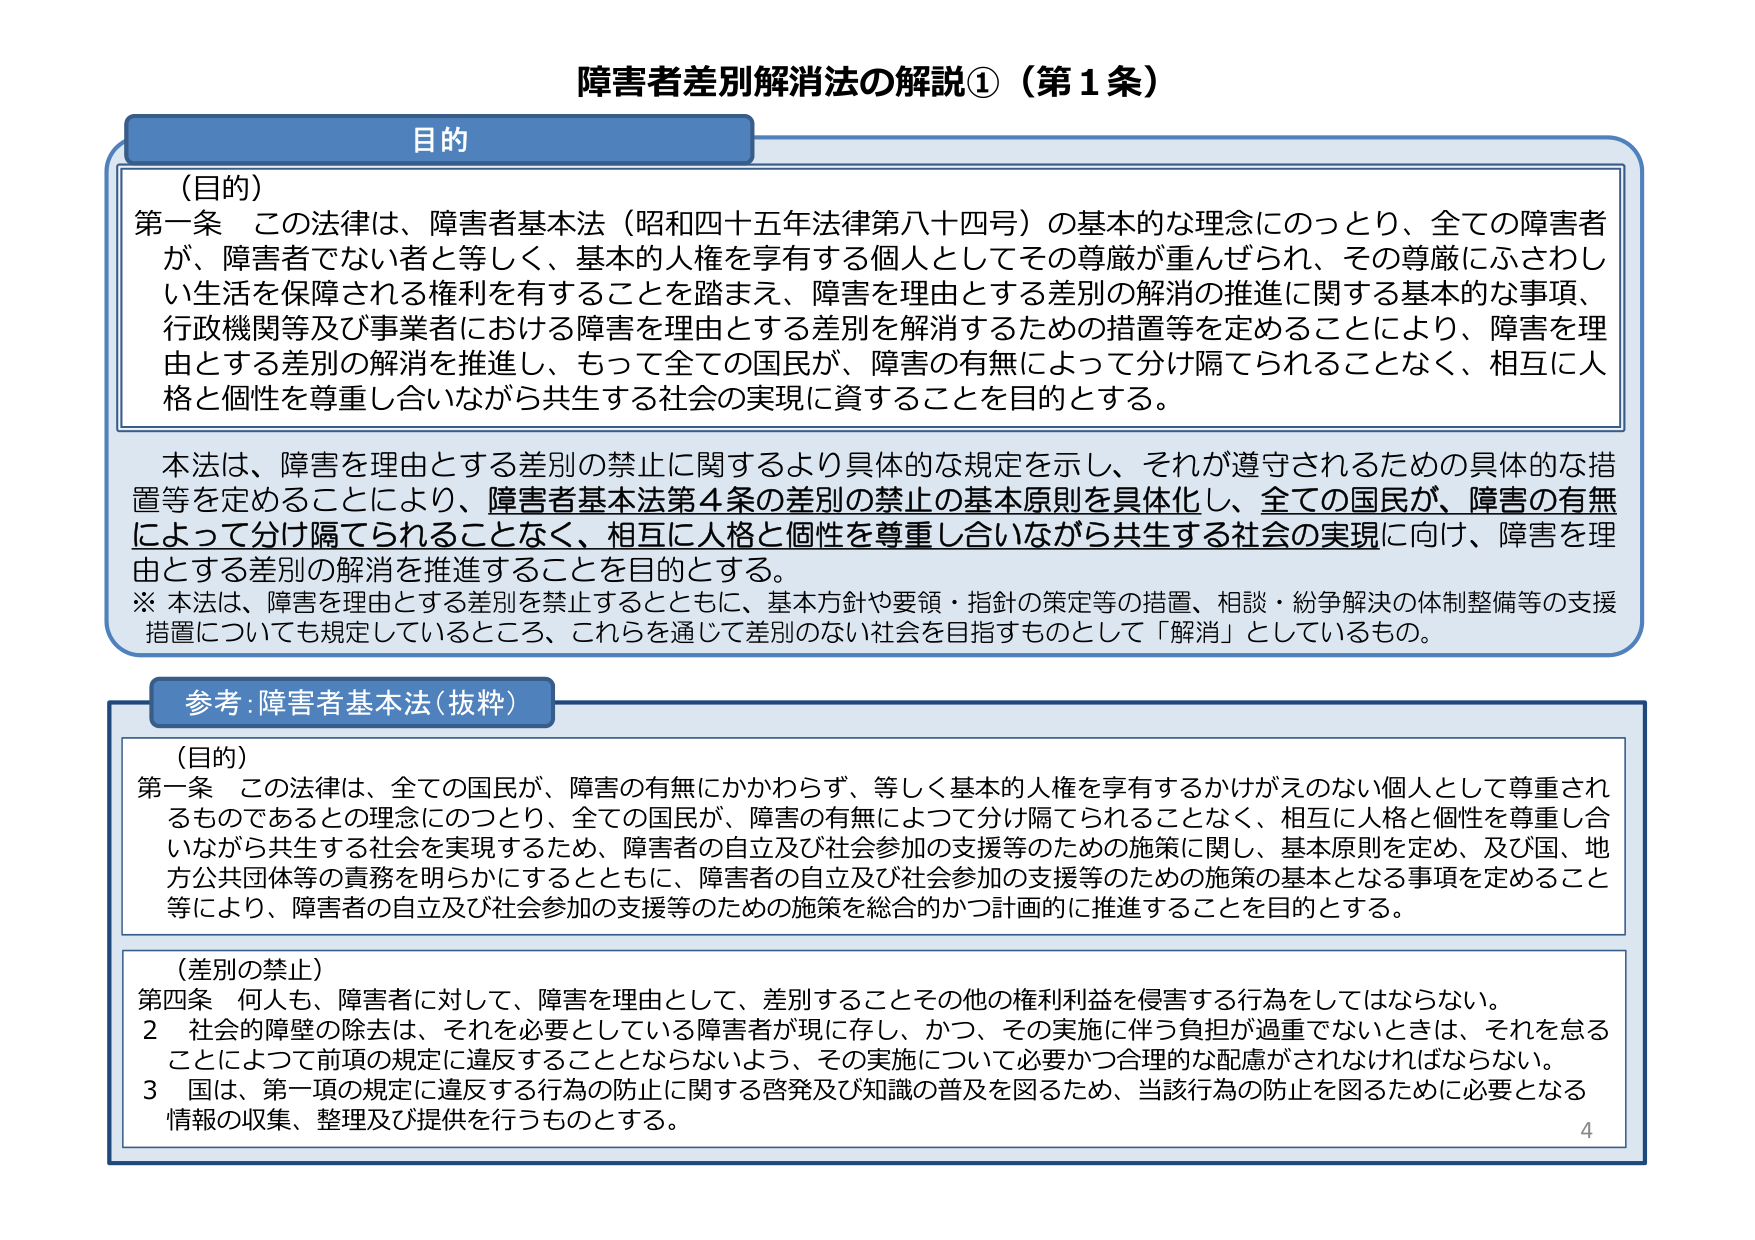
障害者差別解消法の解説①（第１条）

目的

（目的）
第一条　この法律は、障害者基本法（昭和四十五年法律第八十四号）の基本的な理念にのっとり、全ての障害者が、障害者でない者と等しく、基本的人権を享有する個人としてその尊厳が重んぜられ、その尊厳にふさわしい生活を保障される権利を有することを踏まえ、障害を理由とする差別の解消の推進に関する基本的な事項、行政機関等及び事業者における障害を理由とする差別を解消するための措置等を定めることにより、障害を理由とする差別の解消を推進し、もって全ての国民が、障害の有無によって分け隔てられることなく、相互に人格と個性を尊重し合いながら共生する社会の実現に資することを目的とする。

本法は、障害を理由とする差別の禁止に関するより具体的な規定を示し、それが遵守されるための具体的な措置等を定めることにより、障害者基本法第４条の差別の禁止の基本原則を具体化し、全ての国民が、障害の有無によって分け隔てられることなく、相互に人格と個性を尊重し合いながら共生する社会の実現に向け、障害を理由とする差別の解消を推進することを目的とする。
※　本法は、障害を理由とする差別を禁止するとともに、基本方針や要領・指針の策定等の措置、相談・紛争解決の体制整備等の支援措置についても規定しているところ、これらを通じて差別のない社会を目指すものとして「解消」としているもの。

参考：障害者基本法（抜粋）

（目的）
第一条　この法律は、全ての国民が、障害の有無にかかわらず、等しく基本的人権を享有するかけがえのない個人として尊重されるものであるとの理念にのっとり、全ての国民が、障害の有無によって分け隔てられることなく、相互に人格と個性を尊重し合いながら共生する社会を実現するため、障害者の自立及び社会参加の支援等のための施策に関し、基本原則を定め、及び国、地方公共団体等の責務を明らかにするとともに、障害者の自立及び社会参加の支援等のための施策の基本となる事項を定めること等により、障害者の自立及び社会参加の支援等のための施策を総合的かつ計画的に推進することを目的とする。

（差別の禁止）
第四条　何人も、障害者に対して、障害を理由として、差別することその他の権利利益を侵害する行為をしてはならない。
２　社会的障壁の除去は、それを必要としている障害者が現に存し、かつ、その実施に伴う負担が過重でないときは、それを怠ることによって前項の規定に違反することとならないよう、その実施について必要かつ合理的な配慮がされなければならない。
３　国は、第一項の規定に違反する行為の防止に関する啓発及び知識の普及を図るため、当該行為の防止を図るために必要となる情報の収集、整理及び提供を行うものとする。

4